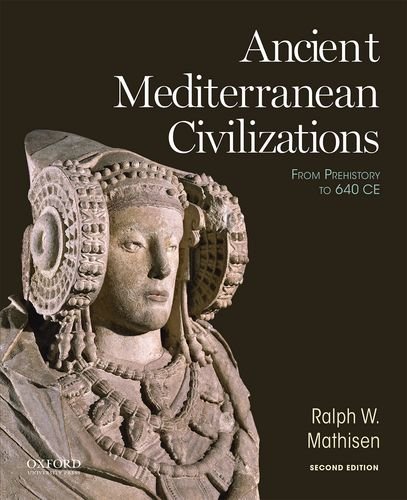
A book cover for Ancient Mediterranean Civilizations: From Prehistory to 640 CE; Ralph W. Mathisen; History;